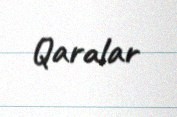
Qaralar